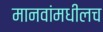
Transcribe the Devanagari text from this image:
मानवांमधीलच